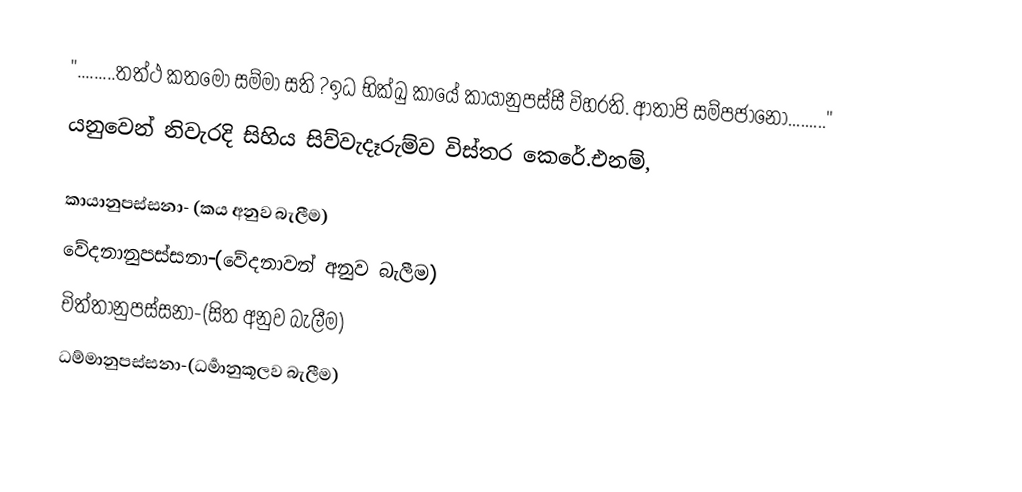
".........තත්ථ කතමෝ සම්මා සති ?ඉධ භික්ඛු කායේ කායානුපස්සී විහරති. ආතාපි සම්පජානෝ........."
යනුවෙන් නිවැරදි සිහිය සිව්වැදෑරුම්ව විස්තර කෙරේ.එනම්,

කායානුපස්සනා- (කය අනුව බැලීම)
වේදනානුපස්සනා-(වේදනාවන් අනුව බැලීම)
චිත්තානුපස්සනා-(සිත අනුව බැලීම)
ධම්මානුපස්සනා-(ධර්‍මානුකූලව බැලීම)